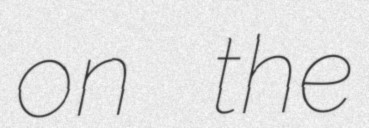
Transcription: on the